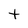
Character: t